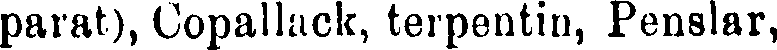
parat), Copallack, terpentin, Penslar,